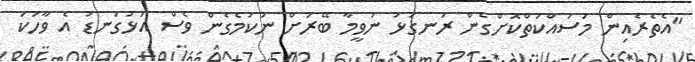
"އެތެރެއިން މަސައްކަތްކޮށްގެން ރަނގަޅު ނުވީމާ ބޭރަށް ނުކުމެގެން ވެސް އަޅުގަނޑު އެ ވާހަކަ